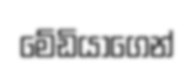
මේඩියාගෙන්